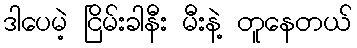
ဒါပေမဲ့ ငြိမ်းခါနီး မီးနဲ့ တူနေတယ်